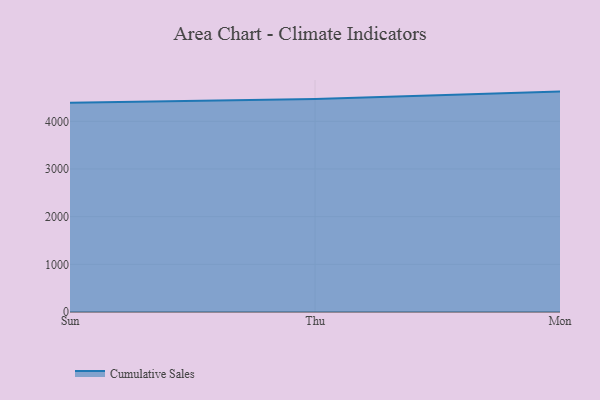
{"axis": {"x": "Day", "y": "Shipments"}, "legend": ["Cumulative Sales"], "data": [{"x": "Sun", "y": 4387.3, "type": "Cumulative Sales"}, {"x": "Thu", "y": 4470.4, "type": "Cumulative Sales"}, {"x": "Mon", "y": 4623.1, "type": "Cumulative Sales"}]}